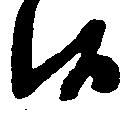
候